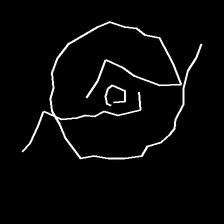
Glyph: repetition